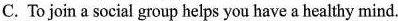
C. To join a social group helps you have a healthy mind.